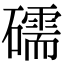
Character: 礝